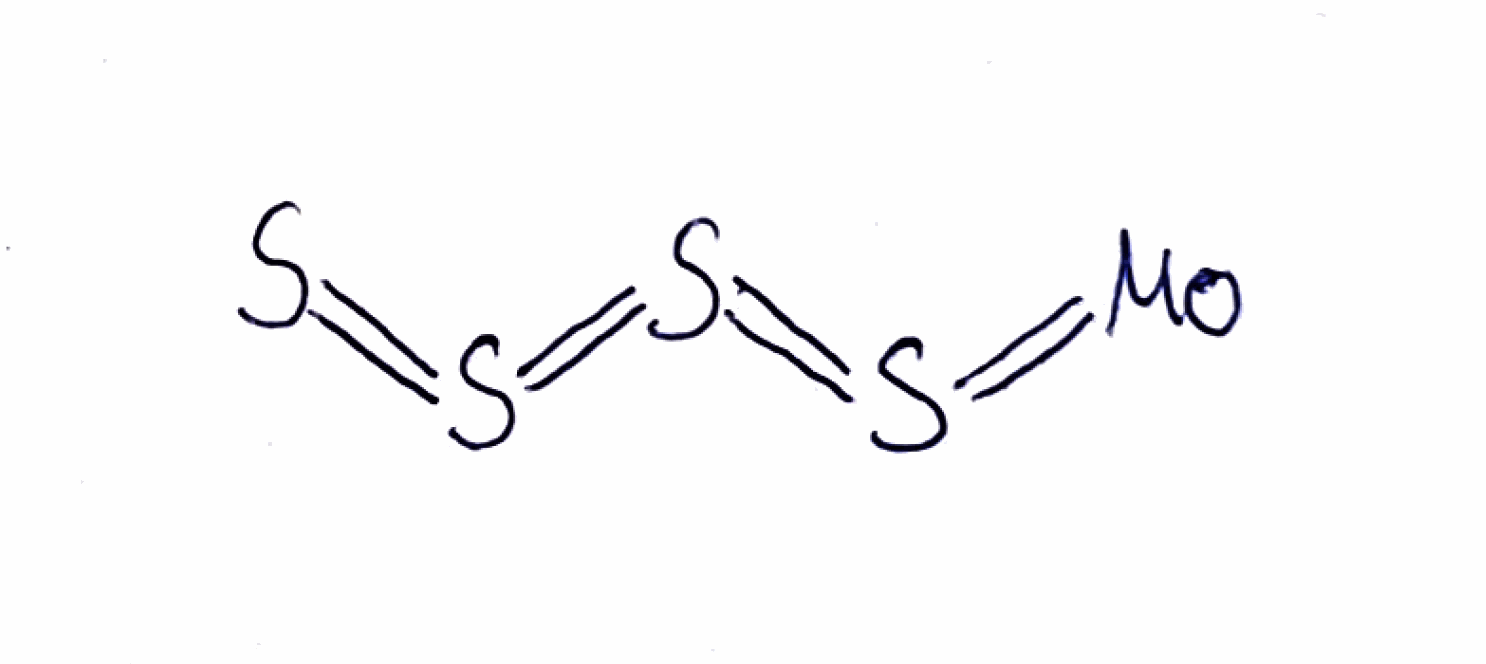
Simplified molecular-input line-entry system (SMILES) notation of the given molecule:
S=S=S=S=[Mo]